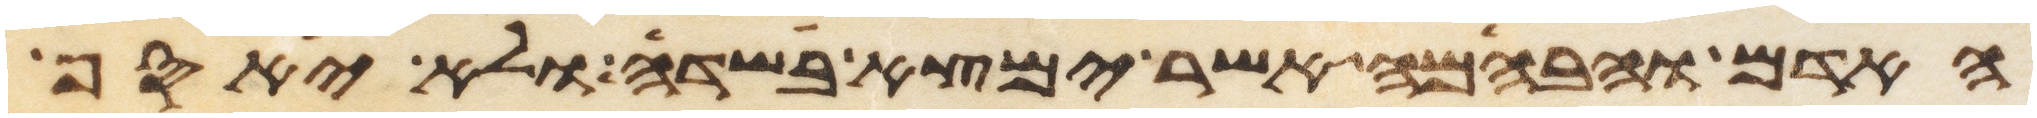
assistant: האדם והבהמה אשר ימצא בשדה ולא יאסף